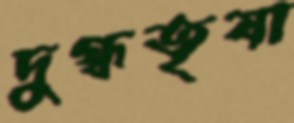
দুগ্ধতৃষা